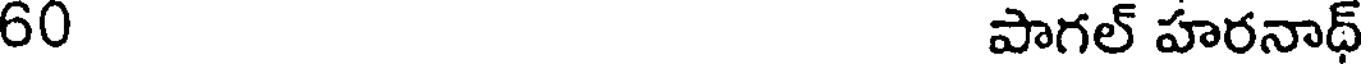
60 పాగల్ హరనాథ్